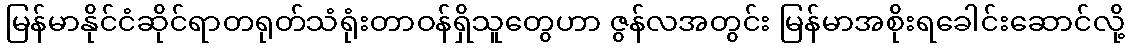
မြန်မာနိုင်ငံဆိုင်ရာတရုတ်သံရုံးတာဝန်ရှိသူတွေဟာ ဇွန်လအတွင်း မြန်မာအစိုးရခေါင်းဆောင်လို့